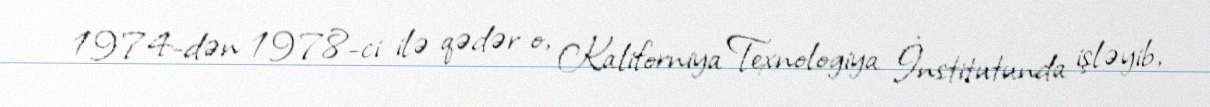
1974-dən 1978-ci ilə qədər o, Kaliforniya Texnologiya İnstitutunda işləyib,